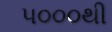
૫૦૦૦થી